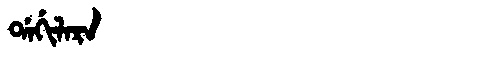
Manchu: ᡩᠠᡤᡳᠯᠠᡵᠠ
Romanization: DAGILARA